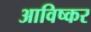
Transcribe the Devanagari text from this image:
आविष्कर